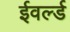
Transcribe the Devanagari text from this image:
ईवर्ल्ड